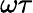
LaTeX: \omega\tau